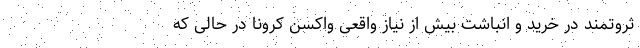
ثروتمند در خرید و انباشت بیش از نیاز واقعی واکسن کرونا در حالی که